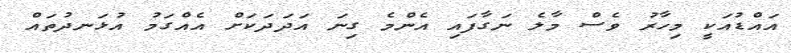
އައްޑުއަކީ މިހާރު ވެސް މާލެ ނަގާފައި އެންމެ ގިނަ އަދަދަކަށް އެއްގަމު އުޅަނދުތައް